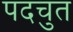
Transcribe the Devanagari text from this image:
पदचुत